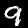
Label: 9